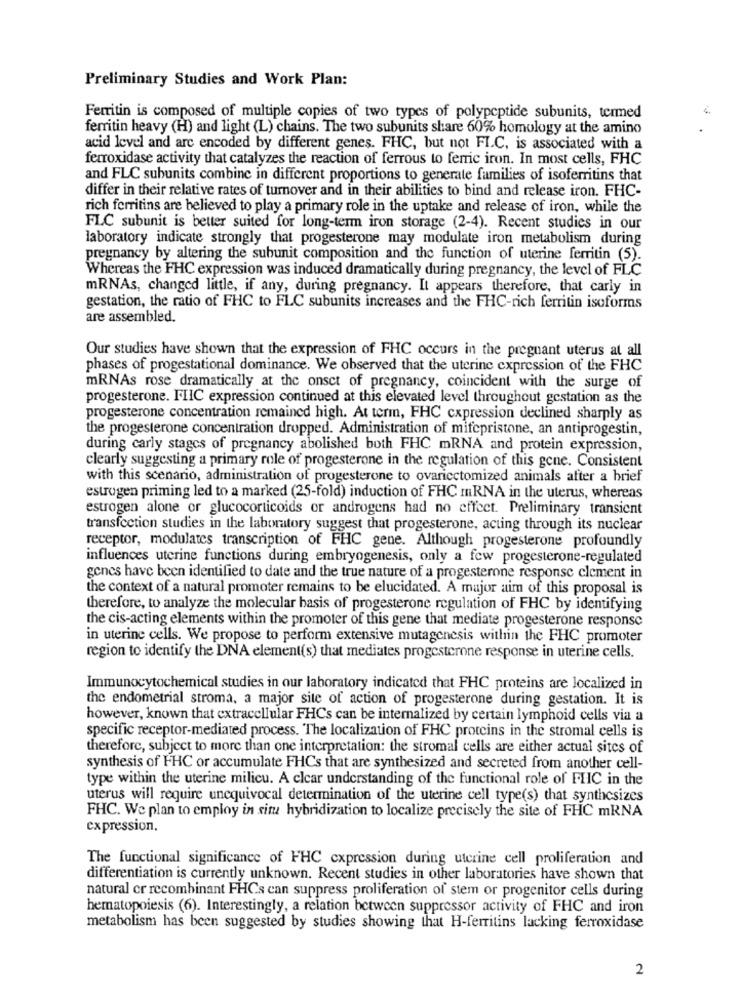
Preliminary Studies and Work Plan:
Ferritin is composed of multiple copies of two types of polypeptide subunits, termed
ferritin heavy (H) and light (L) chains. The two subunits share 60% homology at the amino
acid level and are encoded by different genes. FHC, but not FI.C, is associated with a
ferroxidase activity that catalyzes the reaction of ferrous to ferric iron. In most cells, FHC
and FLC subunits combine in different proportions to generate families of isoferritins that
differ in their relative rates of turnover and in their abilities to bind and release iron. FHC-
rich ferritins are believed to play a primary role in the uptake and release of iron, while the
FLC subunit is better suited for long-term iron storage (2-4). Recent studies in our
laboratory indicate strongly that progesterone may modulate iron metabolism during
pregnancy by altering the subunit composition and the function of uterine ferritin (5).
Whereas the FHC expression was induced dramatically during pregnancy, the level of FLC
mRNAs, changed little, if any, during pregnancy. It appears therefore, that carly in
gestation, the ratio of FHC to FLC subunits increases and the FHC-rich ferritin isoforms
are assembled.
Our studies have shown that the expression of FHC occurs in the pregnant uterus at all
phases of progestational dominance. We observed that the uterine expression of the FHC
mRNAs rose dramatically at the onset of pregnancy, coincident with the surge of
progesterone. FIIC expression continued at this elevated level throughout gestation as the
progesterone concentration remained high. At term, FHC expression declined sharply as
the progesterone concentration dropped. Administration of mifepristone, an antiprogestin,
during carly stages of pregnancy abolished both FHC mRNA and protein expression,
clearly suggesting a primary role of progesterone in the regulation of this gene. Consistent
with this scenario, administration of progesterone to ovaricctomized animals after a brief
estrogen priming led to a marked (25-fold) induction of FHC mRNA in the uterus, whereas
estrogen alone or glucocorticoids or androgens had no effect. Preliminary transient
transfection studies in the laboratory suggest that progesterone, acting through its nuclear
receptor, modulates transcription of FHC gene. Although progesterone profoundly
influences uterine functions during embryogenesis, only a few progesterone-regulated
genes have been identified to date and the true nature of a progesterone response element in
the context of a natural promoter remains to be elucidated. A major aim of this proposal is
therefore, to analyze the molecular basis of progesterone regulation of FHC by identifying
the cis-acting elements within the promoter of this gene that mediate progesterone response
in uterine cells. We propose to perform extensive mutagenesis within the FHC promoter
region to identify the DNA element(s) that mediates progesterone response in uterine cells.
Immunocytochemical studies in our laboratory indicated that FHC proteins are localized in
the endometrial stroma, a major site of action of progesterone during gestation. It is
however, known that extracellular FHCs can be internalized by certain lymphoid cells via a
specific receptor-mediated process. The localization of FHC proteins in the stromal cells is
therefore, subject to more than one interpretation: the stromal cells are either actual sites of
synthesis of FHC or accumulate FHCs that are synthesized and secreted from another cell-
type within the uterine milicu. A clear understanding of the functional role of FHIC in the
uterus will require unequivocal determination of the uterine cell type(s) that synthesizes
FHC. We plan to employ in situ hybridization to localize precisely the site of FHC mRNA
expression.
The functional significance of FHC expression during uterine cell proliferation and
differentiation is currently unknown. Recent studies in other laboratories have shown that
natural cr recombinant FHCs can suppress proliferation of stem or progenitor cells during
hematopoiesis (6). Interestingly, a relation between suppressor activity of FHC and iron
metabolism has been suggested by studies showing that H-ferritins lacking ferroxidase
2